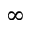
\infty